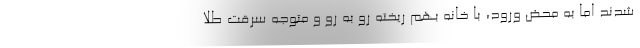
شدند اما به محض ورود، با خانه بهم ریخته رو به رو و متوجه سرقت طلا